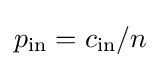
p_{\text{in}}=c_{\text{in}}/n